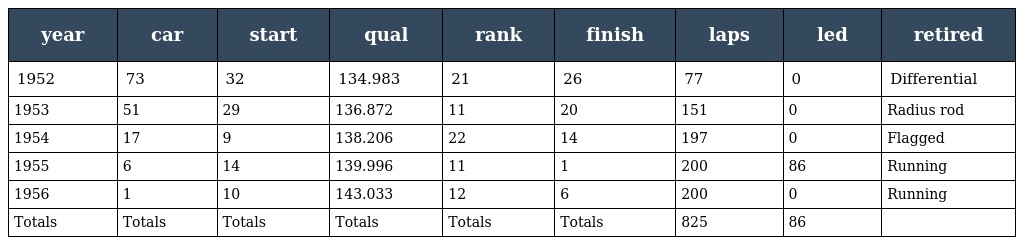
| year | car | start | qual | rank | finish | laps | led | retired |
 | --- | --- | --- | --- | --- | --- | --- | --- | --- |
 | 1952 | 73 | 32 | 134.983 | 21 | 26 | 77 | 0 | Differential |
 | 1953 | 51 | 29 | 136.872 | 11 | 20 | 151 | 0 | Radius rod |
 | 1954 | 17 | 9 | 138.206 | 22 | 14 | 197 | 0 | Flagged |
 | 1955 | 6 | 14 | 139.996 | 11 | 1 | 200 | 86 | Running |
 | 1956 | 1 | 10 | 143.033 | 12 | 6 | 200 | 0 | Running |
 | Totals | Totals | Totals | Totals | Totals | Totals | 825 | 86 |  |